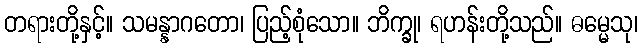
တရားတို့နှင့်။ သမန္နာဂတော၊ ပြည့်စုံသော။ ဘိက္ခု၊ ရဟန်းတို့သည်။ ဓမ္မေသု၊